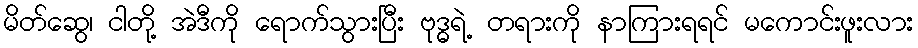
မိတ်ဆွေ၊ ငါတို့ အဲဒီကို ရောက်သွားပြီး ဗုဒ္ဓရဲ့ တရားကို နာကြားရရင် မကောင်းဖူးလား